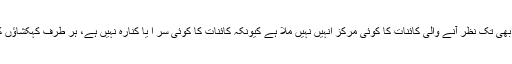
(2)سائنس دانوں کے مطابق ابھی تک نظر آنے والی کائنات کا کوئی مرکز انہیں نہیں ملا ہے کیونکہ کائنات کا کوئی سر ا یا کنارہ نہیں ہے، ہر طرف کہکشاؤں کے جھرمٹ پھیلے ہوئے ہیں۔